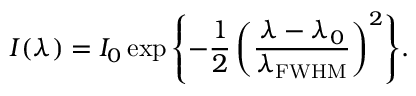
I ( \lambda ) = I _ { 0 } \exp { \left\{ - \frac { 1 } { 2 } \left( \frac { \lambda - \lambda _ { 0 } } { \lambda _ { \mathrm { F W H M } } } \right) ^ { 2 } \right\} } .